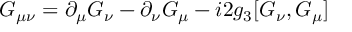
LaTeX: G _ { \mu \nu } = \partial _ { \mu } G _ { \nu } - \partial _ { \nu } G _ { \mu } - i 2 g _ { 3 } [ G _ { \nu } , G _ { \mu } ]